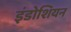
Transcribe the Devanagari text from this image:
इंडोशियन